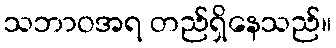
သဘာဝအရ တည်ရှိနေသည်။